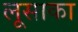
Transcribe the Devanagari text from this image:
लूसाका